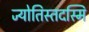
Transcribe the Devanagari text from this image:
ज्योतिस्तदस्मि